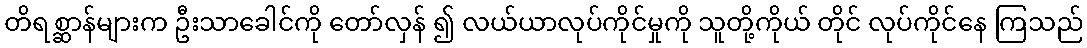
တိရစ္ဆာန်များက ဦးသာခေါင်ကို တော်လှန် ၍ လယ်ယာလုပ်ကိုင်မှုကို သူတို့ကိုယ် တိုင် လုပ်ကိုင်နေ ကြသည်